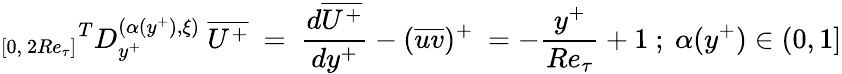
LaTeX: {_{[0,~2Re_{\tau}]}}^{T}D_{y^{+}}^{(\alpha(y^{+}),{\xi})}~\overline{{U^{+}}}~=~\frac{d\overline{{U^{+}}}}{dy^{+}}-(\overline{{uv}})^{+}~=-{\frac{y^{+}}{Re_{\tau}}}+1~;~\alpha(y^{+})\in(0,1]